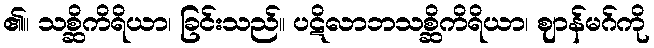
၏။ သစ္ဆိကိရိယာ၊ ခြင်းသည်။ ပဋိလာဘသစ္ဆိကိရိယာ၊ ဈာန်မဂ်ကို